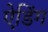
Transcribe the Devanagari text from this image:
ऐडिंग